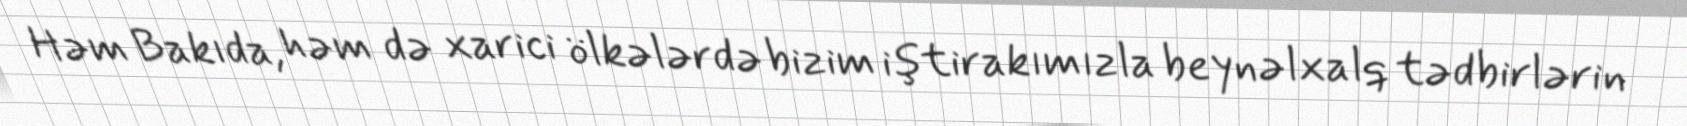
Həm Bakıda, həm də xarici ölkələrdə bizim iştirakımızla beynəlxalq tədbirlərin